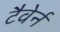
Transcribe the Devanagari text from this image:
टैवेर्न